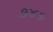
૭૪૬